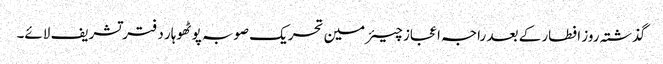
گذشتہ روز افطار کے بعد راجہ اعجاز چیئرمین تحریک صوبہ پوٹھوہار دفتر تشریف لائے۔